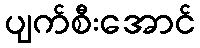
ပျက်စီးအောင်